Statistics compiled by the Government of India from the reports of provincial Civil Veterinary Departments
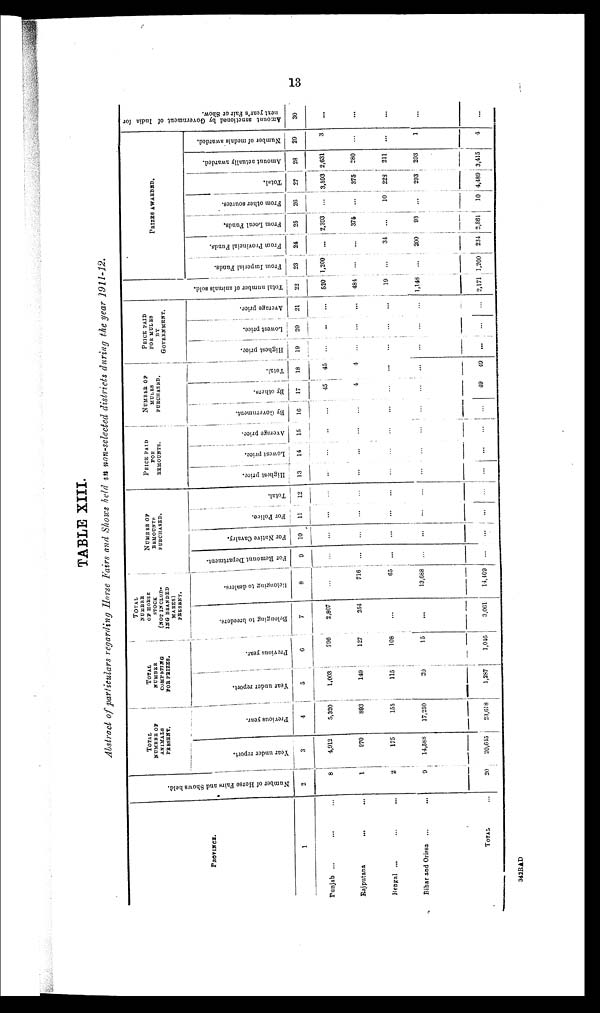
13
TABLE XIII.
Abstract of particulars regarding Horse Fairs and Shows held in non-selected districts during the year 1911-12.
PROVINCE.
1
Punjab ... ... ...
Rajputana
... ... ...
Bengal ... ... ...
Bihar and Orissa
...
...
TOTAL ...
Number of Horse Fairs and Shows held.
2
8
1
2
9
20
TOTAL
NUMBER OF
ANIMALS
PRESENTS.
Year under report.
3
4,912
970
175
14,588
20,645
Previous year.
4
5,320
893
155
17,250
23,618
TOTAL
COMPETING
FOR PRIZES.
Year under report.
5
1,003
149
115
20
1,287
Previous year.
6
796
127
108
15
1,046
TOTAL
OF HORSE
STOCK
(NOT
INCLUD¬
ING BRANDED
MARES)
PRESENT.
Belonging to breeders.
7
2,807
254
...
...
3,061
Belonging to dealers.
8
...
716
65
13,688
14,469
NUMBER OF REMOUNTS PURCHASED.
For Remount Department.
9
...
...
...
...
...
For Native Cavalry.
10
...
...
...
...
...
For Police.
11
...
...
...
...
...
Total.
12
...
...
...
...
...
PRICE PAID FOR
REMOUNTS.
Highest price.
13
...
...
...
...
...
Lowest price.
14
...
...
...
...
...
Average price.
15
....
...
...
...
...
NUMBER OF
MULES
PURCHASED.
By Government.
16
...
...
...
...
...
By others.
17
45
4
...
...
49
Total.
18
45
4
...
...
49
PRICE PAID FOR MULES
BY
GOVERNMENT.
Highest price.
19
...
...
...
...
...
Lowest price.
20
...
...
...
...
Average price.
21
...
...
...
...
...
Tot al number of animals sold.
22
520
484
19
1,148
2,171
PRIZES AWARDED.
From Imperial Funds.
23
1,200
...
...
...
1,200
From Provincial Funds.
24
...
...
34
200
234
From Local Funds.
25
2,393
375
...
93
2,861
From other sources.
26
...
...
10
...
10
Total.
27
3,593
375
228
293
4,489
Amount actually awarded.
28
2,631
280
211
293
3,415
Number of medals awarded.
29
3
...
...
1
4
Amount
sanctioned by Government of India for
next year's Fair or Show.
30
...
...
...
...
...
342RAD